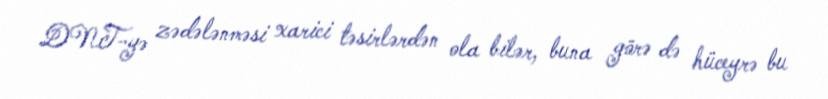
DNT-yə zədələnməsi xarici təsirlərdən ola bilər, buna görə də hüceyrə bu